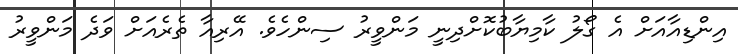
އިންޑިއާއަށް އެ ގޯލު ކާމިޔާބުކޮށްދިނީ މަންވީރު ސިންހެވެ. އޭރިއާ ތެރެއަށް ވަދެ މަންވީރު